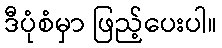
ဒီပုံစံမှာ ဖြည့်ပေးပါ။